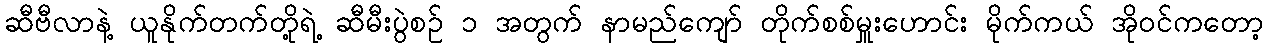
ဆီဗီလာနဲ့ ယူနိုက်တက်တို့ရဲ့ ဆီမီးပွဲစဉ် ၁ အတွက် နာမည်ကျော် တိုက်စစ်မှူးဟောင်း မိုက်ကယ် အိုဝင်ကတော့